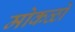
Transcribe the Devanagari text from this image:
मोकळो